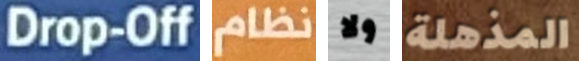
Drop-Off نظام ولا المذهلة